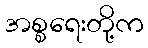
အစ္စရေးတို့က